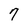
Character: 7